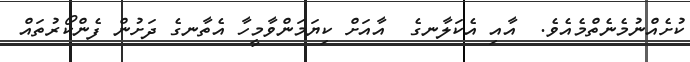
ކުށެއްނުމެނެތްމެއެވެ.  އާއި އެކަލާނގެ  އާއަށް ކިޔަމަންވާމީހާ އެތާނގެ ދަށުން ފެންކޯރުތައް